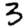
Digit: 3